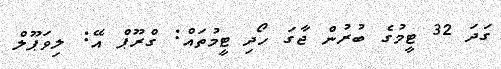
ގަދަ 32 ޓީމުގެ ބުރުން ޖާގަ ހޯދި ޓީމުތައް: ގްރޫޕް އޭ: ލިވަޕޫލް